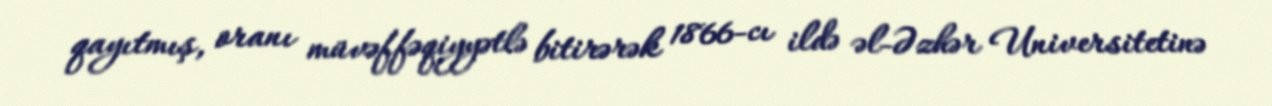
qayıtmış, oranı müvəffəqiyyətlə bitirərək 1866-cı ildə əl-Əzhər Universitetinə